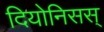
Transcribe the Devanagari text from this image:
दियोनिसस्